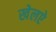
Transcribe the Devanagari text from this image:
खेलऐ